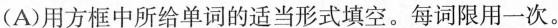
A)用方框中所给单词的适当形式填空.每词限用一次。